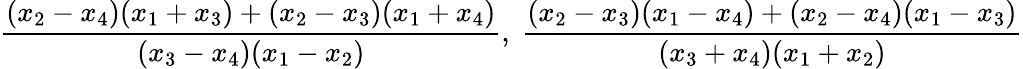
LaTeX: \displaystyle\frac{(x_{2}-x_{4})(x_{1}+x_{3})+(x_{2}-x_{3})(x_{1}+x_{4})}{(x_{3}-x_{4})(x_{1}-x_{2})},\ \frac{(x_{2}-x_{3})(x_{1}-x_{4})+(x_{2}-x_{4})(x_{1}-x_{3})}{(x_{3}+x_{4})(x_{1}+x_{2})}